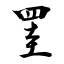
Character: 罣